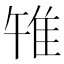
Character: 𨾟